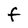
Character: f